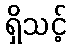
ရှိသင့်